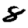
Digit: 8